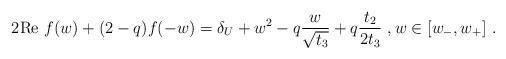
LaTeX: \begin{align*}2\mathrm{Re}\ f(w)+(2-q)f(-w)=\delta_U+w^2-q\frac{w}{\sqrt{t_3}}+q\frac{t_2}{2t_3}\ , w\in[w_-,w_+]\ .\end{align*}